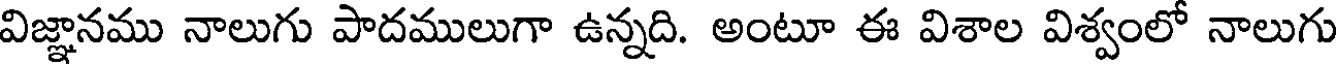
విజ్ఞానము నాలుగు పాదములుగా ఉన్నది. అంటూ ఈ విశాల విశ్వంలో నాలుగు